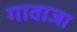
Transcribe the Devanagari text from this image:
गावाजा